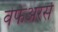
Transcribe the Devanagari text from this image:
वेफेअरर्स